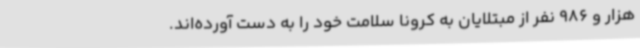
هزار و 986 نفر از مبتلایان به کرونا سلامت خود را به دست آورده‌اند.